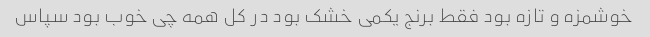
خوشمزه و تازه بود فقط برنج یکمی خشک بود در کل همه چی خوب بود سپاس